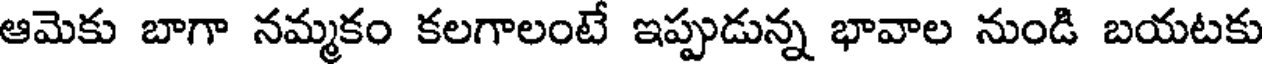
ఆమెకు బాగా నమ్మకం కలగాలంటే ఇప్పుడున్న భావాల నుండి బయటకు